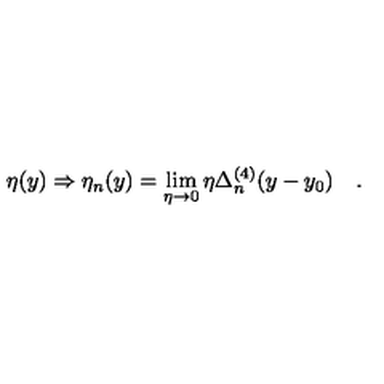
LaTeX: \eta ( y ) \Rightarrow \eta _ { n } ( y ) = \lim _ { \eta \to 0 } \eta \Delta _ { n } ^ { ( 4 ) } ( y - y _ { 0 } ) \quad .